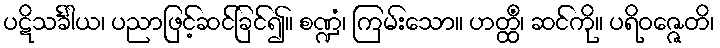
ပဋိသင်္ခါယ၊ ပညာဖြင့်ဆင်ခြင်၍။ စဏ္ဍံ၊ ကြမ်းသော။ ဟတ္ထိံ၊ ဆင်ကို။ ပရိဝဇ္ဇေတိ၊